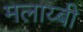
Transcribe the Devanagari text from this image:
मलाय्बी